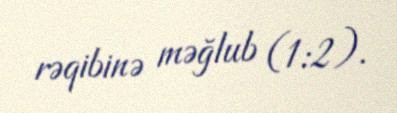
rəqibinə məğlub (1:2).